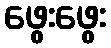
ဖွေးဖွေး